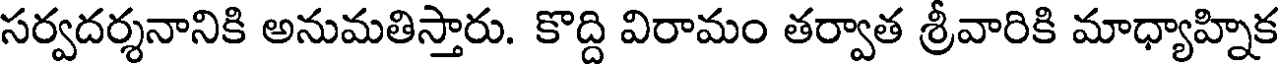
సర్వదర్శనానికి అనుమతిస్తారు. కొద్ది విరామం తర్వాత శ్రీవారికి మాధ్యాహ్నిక